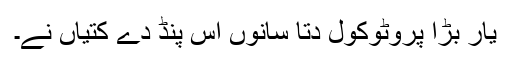
یار بڑا پروٹوکول دتا سانوں اس پنڈ دے کتیاں نے۔